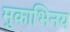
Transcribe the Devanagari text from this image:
मुकाभिनय